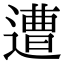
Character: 遭